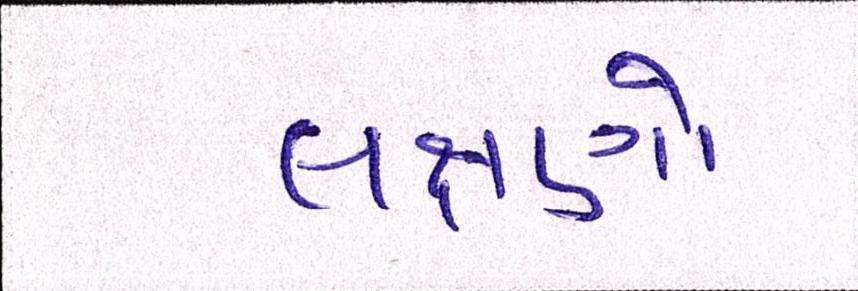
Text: લક્ષણો